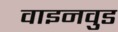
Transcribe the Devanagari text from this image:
वाइनवुड